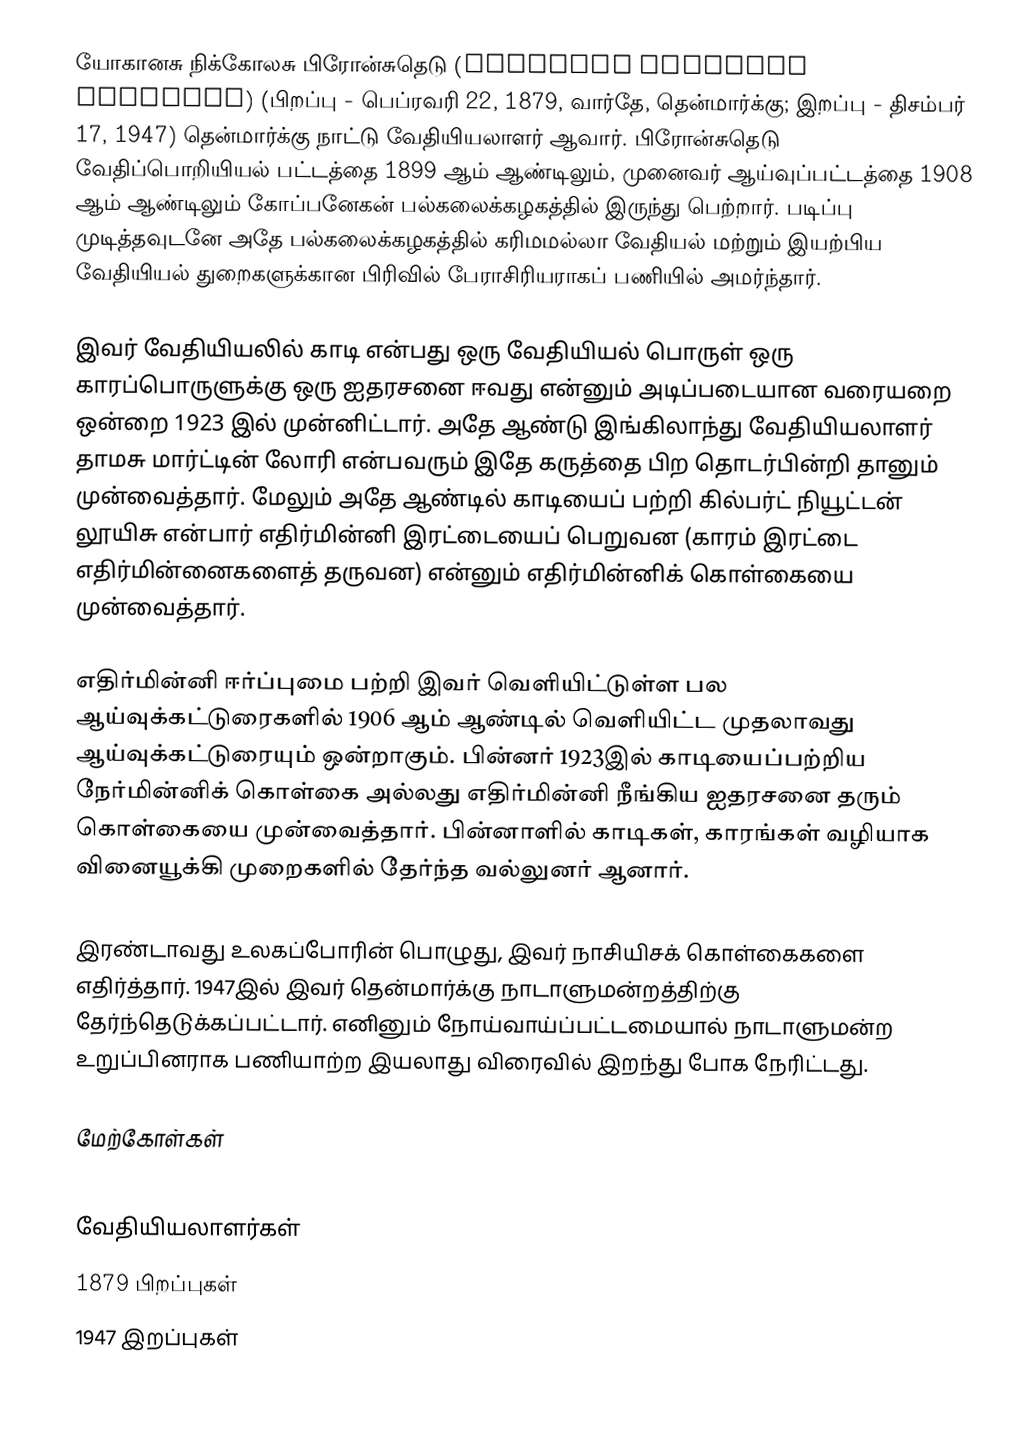
யோகானசு நிக்கோலசு பிரோன்சுதெடு (Johannes Nicolaus Brønsted) (பிறப்பு - பெப்ரவரி 22, 1879, வார்தே, தென்மார்க்கு; இறப்பு - திசம்பர் 17, 1947) தென்மார்க்கு நாட்டு வேதியியலாளர் ஆவார். பிரோன்சுதெடு வேதிப்பொறியியல் பட்டத்தை 1899 ஆம் ஆண்டிலும், முனைவர் ஆய்வுப்பட்டத்தை 1908 ஆம் ஆண்டிலும் கோப்பனேகன் பல்கலைக்கழகத்தில் இருந்து பெற்றார். படிப்பு முடித்தவுடனே அதே பல்கலைக்கழகத்தில்  கரிமமல்லா வேதியல் மற்றும் இயற்பிய வேதியியல் துறைகளுக்கான பிரிவில் பேராசிரியராகப் பணியில் அமர்ந்தார்.

இவர் வேதியியலில் காடி என்பது ஒரு வேதியியல் பொருள் ஒரு காரப்பொருளுக்கு ஒரு ஐதரசனை ஈவது என்னும் அடிப்படையான வரையறை ஒன்றை 1923 இல் முன்னிட்டார். அதே ஆண்டு இங்கிலாந்து வேதியியலாளர் தாமசு மார்ட்டின் லோரி என்பவரும் இதே கருத்தை பிற தொடர்பின்றி தானும் முன்வைத்தார். மேலும் அதே ஆண்டில் காடியைப் பற்றி  கில்பர்ட் நியூட்டன் லூயிசு என்பார் எதிர்மின்னி இரட்டையைப் பெறுவன (காரம் இரட்டை எதிர்மின்னைகளைத் தருவன) என்னும் எதிர்மின்னிக் கொள்கையை முன்வைத்தார்.

எதிர்மின்னி ஈர்ப்புமை பற்றி இவர் வெளியிட்டுள்ள பல ஆய்வுக்கட்டுரைகளில் 1906 ஆம் ஆண்டில் வெளியிட்ட முதலாவது ஆய்வுக்கட்டுரையும் ஒன்றாகும். பின்னர் 1923இல் காடியைப்பற்றிய நேர்மின்னிக் கொள்கை அல்லது எதிர்மின்னி நீங்கிய ஐதரசனை தரும் கொள்கையை முன்வைத்தார். பின்னாளில் காடிகள், காரங்கள் வழியாக வினையூக்கி முறைகளில் தேர்ந்த வல்லுனர் ஆனார்.

இரண்டாவது உலகப்போரின் பொழுது, இவர் நாசியிசக் கொள்கைகளை எதிர்த்தார். 1947இல் இவர் தென்மார்க்கு நாடாளுமன்றத்திற்கு தேர்ந்தெடுக்கப்பட்டார். எனினும் நோய்வாய்ப்பட்டமையால் நாடாளுமன்ற உறுப்பினராக பணியாற்ற இயலாது விரைவில் இறந்து போக நேரிட்டது.

மேற்கோள்கள்

வேதியியலாளர்கள்
1879 பிறப்புகள்
1947 இறப்புகள்